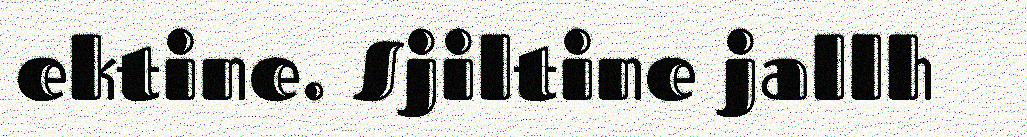
ektine. Sjiltine jallh